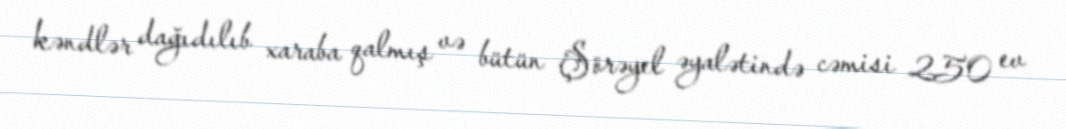
kəndlər dağıdılıb xaraba qalmış və bütün Şörəyel əyalətində cəmisi 250 ev